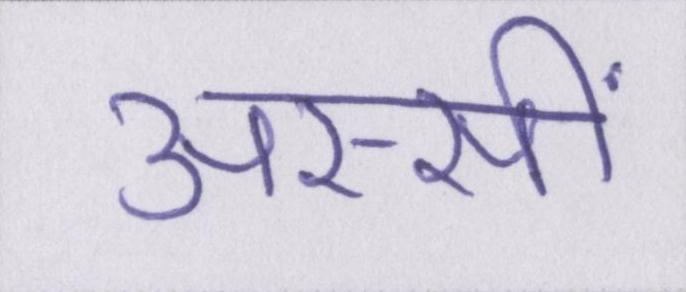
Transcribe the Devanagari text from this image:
अस्सीं